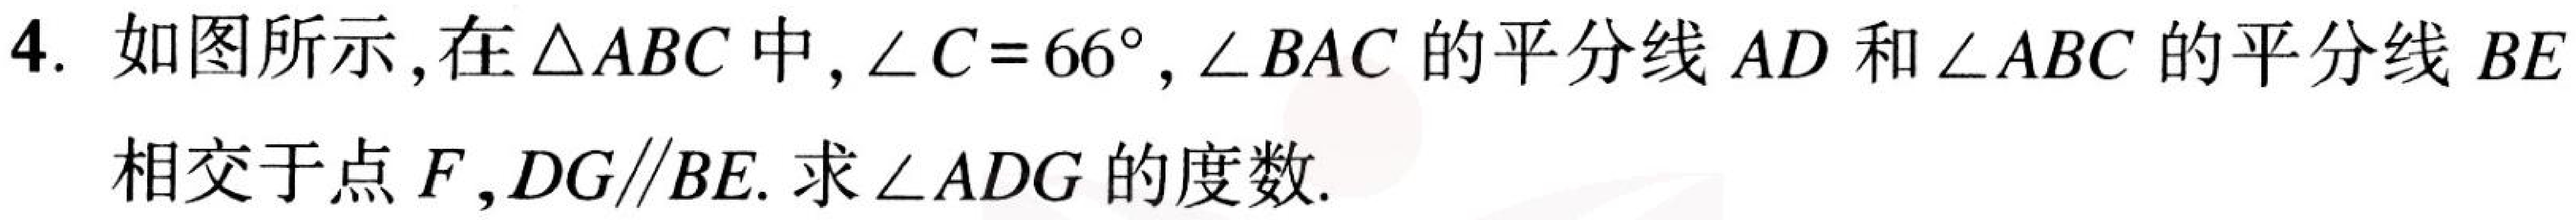
4. 如图所示，在$\triangle ABC$中，$\angle C = 66^{\circ}$，$\angle BAC$的平分线$AD$和$\angle ABC$的平分线$BE$
相交于点$F$，$DG\parallel BE$. 求$\angle ADG$的度数.